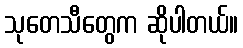
သုတေသီတွေက ဆိုပါတယ်။